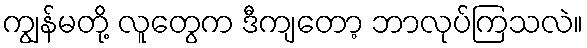
ကျွန်မတို့ လူတွေက ဒီကျတော့ ဘာလုပ်ကြသလဲ။